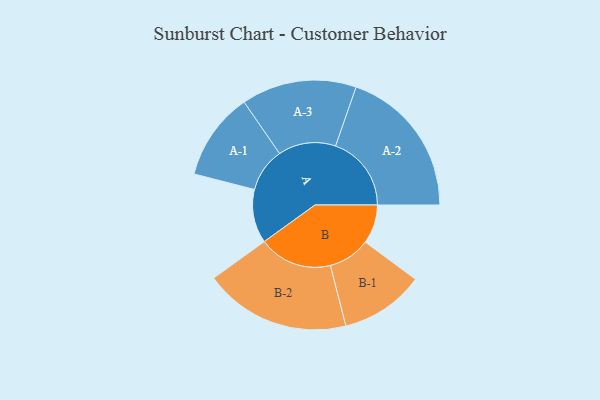
{"axis": {"x": "Segment", "y": "Value"}, "legend": ["", "A", "B"], "data": [{"x": "A", "y": 197, "type": ""}, {"x": "B", "y": 143, "type": ""}, {"x": "A-1", "y": 161, "type": "A"}, {"x": "A-2", "y": 278, "type": "A"}, {"x": "A-3", "y": 211, "type": "A"}, {"x": "B-1", "y": 154, "type": "B"}, {"x": "B-2", "y": 269, "type": "B"}]}